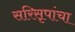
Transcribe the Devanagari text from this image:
सरिसृपांचा